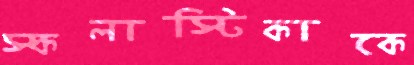
স্কলাস্টিকাকে